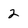
Character: 2